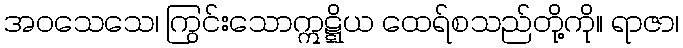
အဝသေသေ၊ ကြွင်းသောဣဋ္ဋိယ ထေရ်စသည်တို့ကို။ ရာဇာ၊